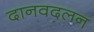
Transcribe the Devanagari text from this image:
दानवदलन